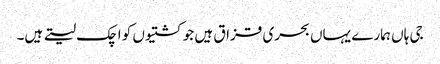
جی ہاں ہمارے یہاں بحری قزاق ہیں جو کشتیوں کو اچک لیتے ہیں۔